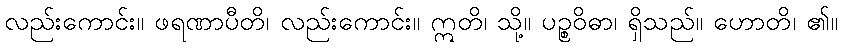
လည်းကောင်း။ ဖရဏာပီတိ၊ လည်းကောင်း။ ဣတိ၊ သို့။ ပဉ္စဝိဓာ၊ ရှိသည်။ ဟောတိ၊ ၏။